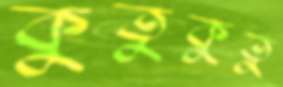
কুতুকুতু